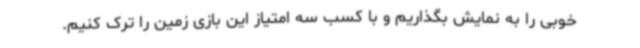
خوبی را به نمایش بگذاریم و با کسب سه امتیاز این بازی زمین را ترک کنیم.